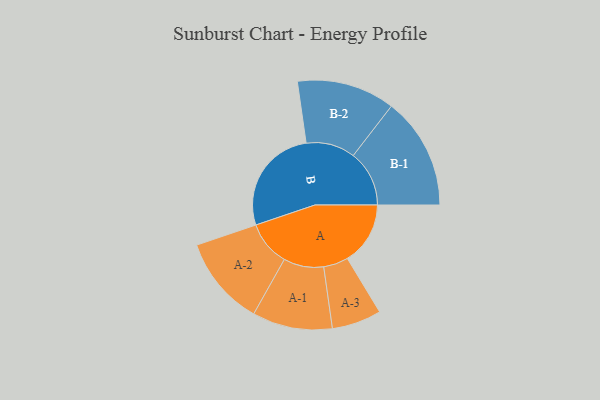
{"axis": {"x": "Segment", "y": "Value"}, "legend": ["", "A", "B"], "data": [{"x": "A", "y": 272, "type": ""}, {"x": "B", "y": 465, "type": ""}, {"x": "A-1", "y": 173, "type": "A"}, {"x": "A-2", "y": 194, "type": "A"}, {"x": "A-3", "y": 107, "type": "A"}, {"x": "B-1", "y": 242, "type": "B"}, {"x": "B-2", "y": 212, "type": "B"}]}